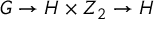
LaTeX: G \rightarrow H \times Z _ { 2 } \rightarrow H